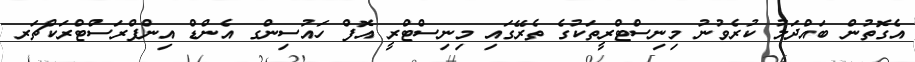
އެގޮތުން ބައްދަލު ކުރެވުނު މިނިސްޓްރީތަކުގެ ތެރޭގައި މިނިސްޓްރީ އޮފް ހައުސިންގ އެންޑް އިންފްރަސްޓްރަކްޗަރ